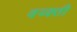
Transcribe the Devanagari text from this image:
वय्क्ती